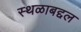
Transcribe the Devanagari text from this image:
स्थळाबद्दल